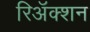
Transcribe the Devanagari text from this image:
रिअॅक्शन